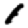
Digit: 1